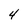
Character: 4